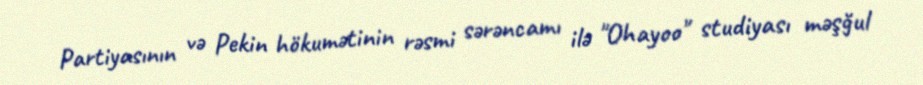
Partiyasının və Pekin hökumətinin rəsmi sərəncamı ilə "Ohayoo" studiyası məşğul